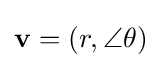
\mathbf {v} =(r,\angle \theta )